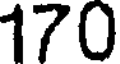
170